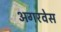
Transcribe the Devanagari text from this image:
अगरवेस